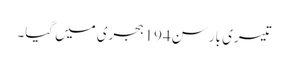
تیسری بار سن194ہجری میں گیا۔